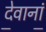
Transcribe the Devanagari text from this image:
दे॒वानां॒